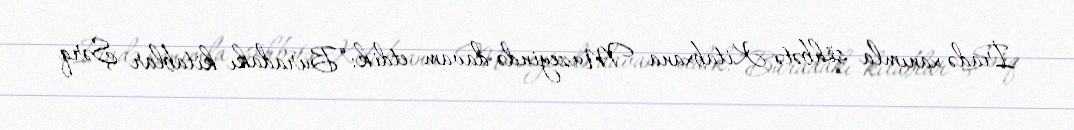
İradə xanımla söhbətə Kitabxana Muzeyində davam etdik: “Buradakı kitablar Şərq